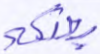
بعثكم